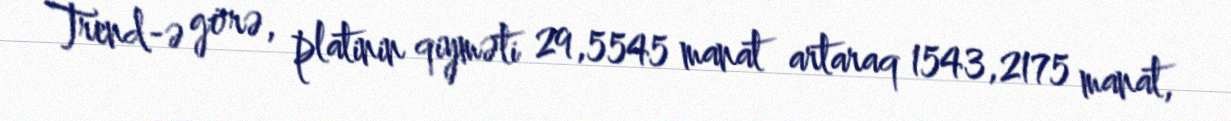
Trend-ə görə, platinin qiyməti 29,5545 manat artaraq 1543,2175 manat,